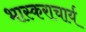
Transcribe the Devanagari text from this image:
भास्‍कराचार्य